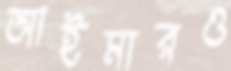
আইমারও